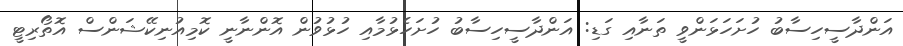
އަންދާސީހިސާބު ހުށަހަޅަންވީ ތަނާއި ގަޑި: އަންދާސީހިސާބު ހުށަހެޅުމާއި ހުޅުވުން އޮންނާނީ ކޮމިއުނިކޭޝަންސް އޮތޯރިޓީ